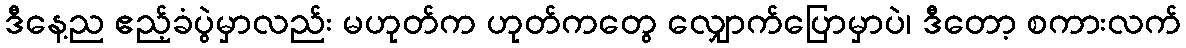
ဒီနေ့ည ဧည့်ခံပွဲမှာလည်း မဟုတ်က ဟုတ်ကတွေ လျှောက်ပြောမှာပဲ၊ ဒီတော့ စကားလက်